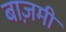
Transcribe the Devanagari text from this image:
बाज़मी